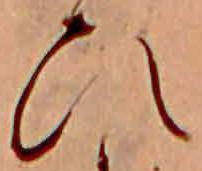
ひ